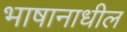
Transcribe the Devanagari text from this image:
भाषानाधील